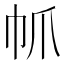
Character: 𢁬